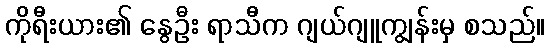
ကိုရီးယား၏ နွေဦး ရာသီက ဂျယ်ဂျူကျွန်းမှ စသည်။